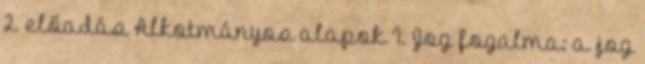
2. előadás Alkotmányos alapok I. Jog fogalma: a jog